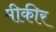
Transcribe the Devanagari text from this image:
मीकीर